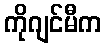
ကိုဂျင်မီက